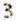
3